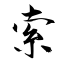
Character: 索